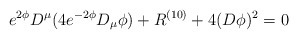
\begin{align*}e^{2\phi} D^{\mu}( 4e^{-2\phi} D_{\mu} \phi )+ R^{(10)}+4(D\phi)^2=0\end{align*}